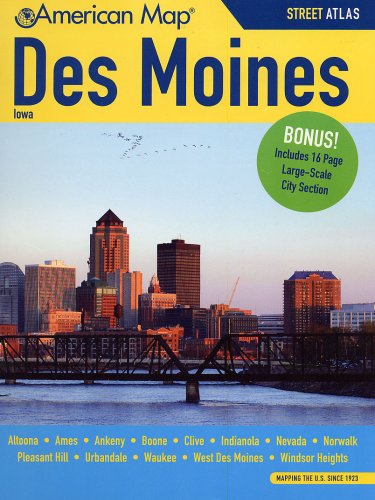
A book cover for Des Moines IA Atlas (American Map); American Map; Travel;